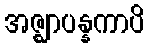
အဇ္ဈာပန္နကာပိ